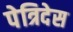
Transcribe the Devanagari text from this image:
पेत्रिदेस